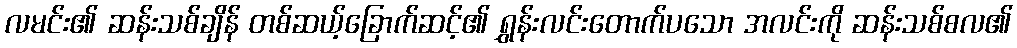
လမင်း၏ ဆန်းသစ်ချိန် တစ်ဆယ့်ခြောက်ဆင့်၏ ရွှန်းလင်းတောက်ပသော အလင်းကို ဆန်းသစ်စလ၏